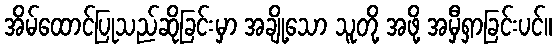
အိမ်ထောင်ပြုသည်ဆိုခြင်းမှာ အချို့သော သူတို့ အဖို့ အမှီရှာခြင်းပင်။